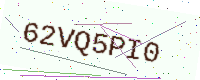
Text: 62VQ5PI0